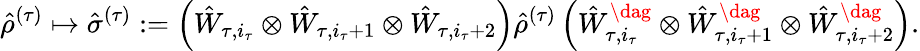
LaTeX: {\hat{\rho}}^{(\tau)}\mapsto\hat{\sigma}^{(\tau)}:=\left(\hat{W}_{\tau,i_{\tau}}\otimes\hat{W}_{\tau,i_{\tau}+1}\otimes\hat{W}_{\tau,i_{\tau}+2}\right){\hat{\rho}}^{(\tau)}\left(\hat{W}_{\tau,i_{\tau}}^{\dag}\otimes\hat{W}_{\tau,i_{\tau}+1}^{\dag}\otimes\hat{W}_{\tau,i_{\tau}+2}^{\dag}\right).